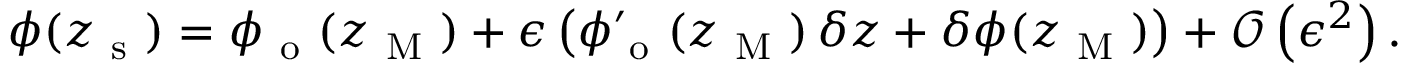
\phi ( z _ { \mathrm { ~ s ~ } } ) = \phi _ { \mathrm { ~ o ~ } } ( z _ { \mathrm { ~ M ~ } } ) + \epsilon \left( \phi _ { \mathrm { ~ o ~ } } ^ { \prime } ( z _ { \mathrm { ~ M ~ } } ) \, \delta z + \delta \phi ( z _ { \mathrm { ~ M ~ } } ) \right) + \mathcal { O } \left( \epsilon ^ { 2 } \right) .